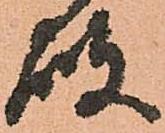
破